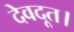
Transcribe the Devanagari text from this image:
देवदूत।